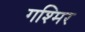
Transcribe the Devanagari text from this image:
गश्मिर